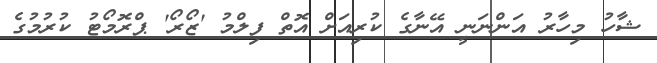
ޝާހު މިހާރު އަންނަނީ އޭނާގެ ކުރިއަށް އޮތް ފިލްމު 'ޒޯރޯ' ޕްރޮމޯޓު ކުރުމުގެ